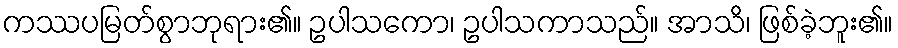
ကဿပမြတ်စွာဘုရား၏။ ဥပါသကော၊ ဥပါသကာသည်။ အာသိ၊ ဖြစ်ခဲ့ဘူး၏။